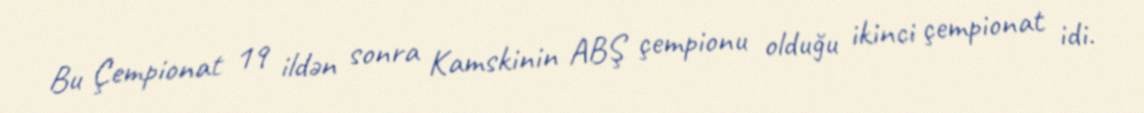
Bu Çempionat 19 ildən sonra Kamskinin ABŞ çempionu olduğu ikinci çempionat idi.